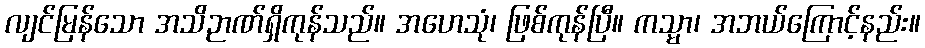
လျင်မြန်သော အသိဉာဏ်ရှိကုန်သည်။ အဟေသုံ၊ ဖြစ်ကုန်ပြီ။ ကသ္မာ၊ အဘယ်ကြောင့်နည်း။